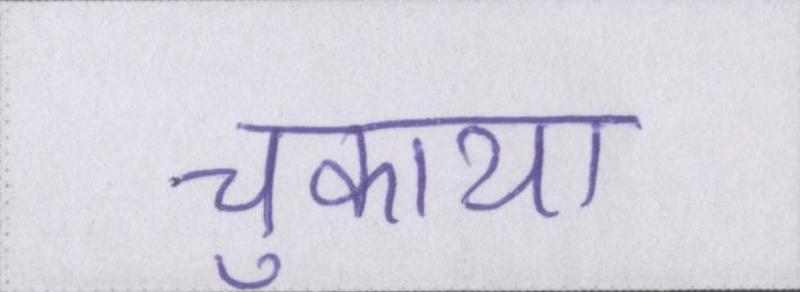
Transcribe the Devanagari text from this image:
चुकाया